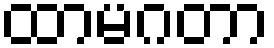
ထာမဂတာ